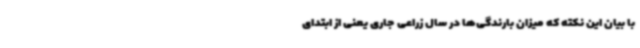
با بیان این نکته که میزان بارندگی‌ها در سال زراعی جاری یعنی از ابتدای